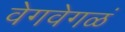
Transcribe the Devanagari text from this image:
वेगवेगळं